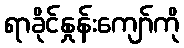
ရာခိုင်နှုန်းကျော်ကို